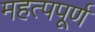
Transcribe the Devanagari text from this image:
महत्‍पपूर्ण